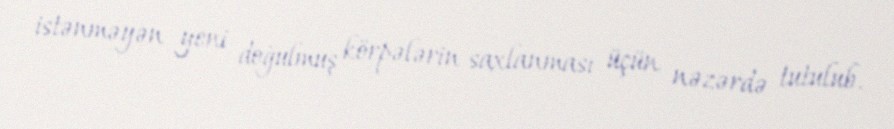
istənməyən yeni doğulmuş körpələrin saxlanması üçün nəzərdə tutulub.